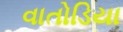
વાતોડિયા